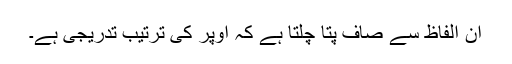
ان الفاظ سے صاف پتا چلتا ہے کہ اوپر کی ترتیب تدریجی ہے۔